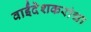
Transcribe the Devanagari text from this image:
वाईंदेशकरांचा